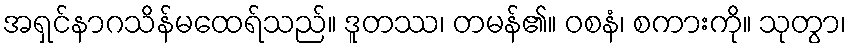
အရှင်နာဂသိန်မထေရ်သည်။ ဒူတဿ၊ တမန်၏။ ဝစနံ၊ စကားကို။ သုတွာ၊